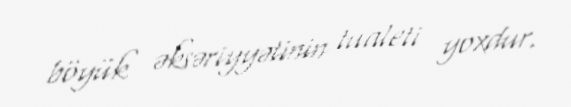
böyük əksəriyyətinin tualeti yoxdur.